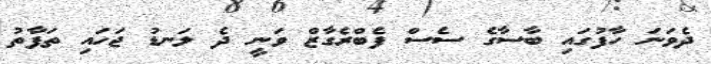
ދެވަނަ ހާފުގައި ބާސާގެ ސެސް ފެބްރެގާޒް ވަނީ ދެ ލަނޑު ޖަހައި ތަފާތު